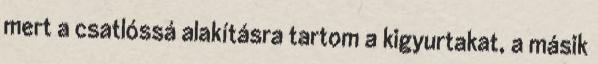
mert a csatlóssá alakításra tartom a kigyurtakat, a másik